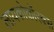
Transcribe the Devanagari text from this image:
लायकोकॉरक्स